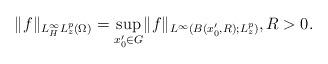
LaTeX: \begin{align*}\lVert f\rVert_{L^\infty_H L^p_z(\Omega)}=\sup_{x_0'\in G}\lVert f\rVert_{L^\infty(B(x'_0,R);L^p_z)}, R>0.\end{align*}